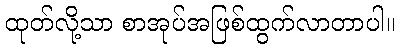
ထုတ်လို့သာ စာအုပ်အဖြစ်ထွက်လာတာပါ။